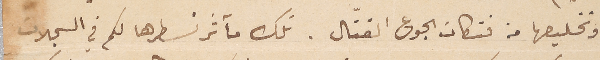
وتخليصها من فتكات الجوع القتّال. تلك مآثر نسطرها لكم في السجلات